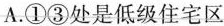
A.①③处是低级住宅区